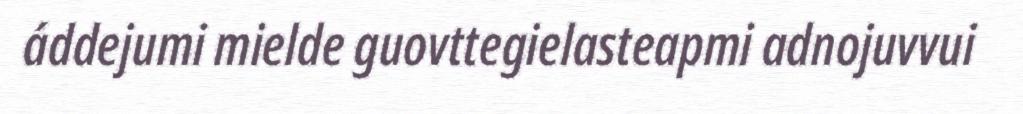
áddejumi mielde guovttegielasteapmi adnojuvvui